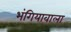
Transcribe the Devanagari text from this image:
भंगियावाला